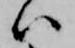
ハ